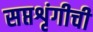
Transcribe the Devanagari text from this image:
सप्तशृंगीची